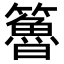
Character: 𥶇